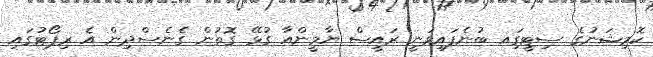
ކޮމިޝަނުގެ ސިޓީގަިއ ބުނެފައިވަނީ ރައީސް ޔާމީންއާ ގުޅޭ ގޮތުން ގެނެސްދިން އެ ރިޕޯޓުގައި